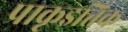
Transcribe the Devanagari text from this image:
प्राकृइतिक